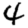
Digit: 4